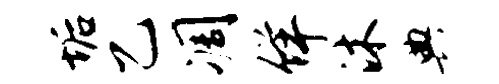
垢乙凋佯沐典